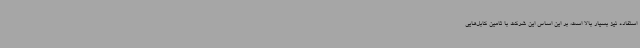
استفاده نیز بسیار بالا است، بر این اساس این شرکت با تامین کابل‌هایی